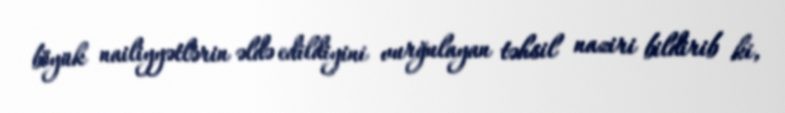
böyük nailiyyətlərin əldə edildiyini vurğulayan təhsil naziri bildirib ki,